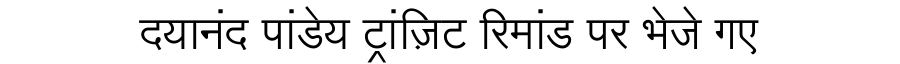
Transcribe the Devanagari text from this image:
दयानंद पांडेय ट्रांज़िट रिमांड पर भेजे गए